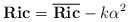
LaTeX: \begin{align*}\textbf{Ric}={\bf \overline{Ric}}-k\alpha^2\end{align*}